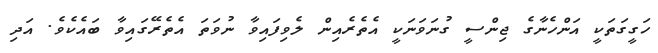
ހަގީގަތަކީ އަންހެނާގެ ޖިންސީ ގުނަވަނަކީ އެތެރެއިން ލެވިފައިވާ ނުވަތަ އެތެރޭގައިވާ ބައެކެވެ. އަދި